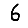
Digit: 6